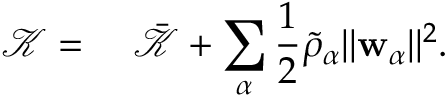
\begin{array} { r l } { \mathscr { K } = } & { { } ~ \bar { \mathscr { K } } + \displaystyle \sum _ { \alpha } \frac { 1 } { 2 } \tilde { \rho } _ { \alpha } \| \mathbf { w } _ { \alpha } \| ^ { 2 } . } \end{array}